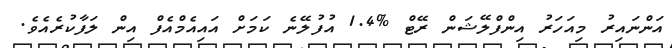
އަންނައިރު މިއަހަރު އިންފްލޭޝަން ރޭޓް %1.4 އުފުލޭނެ ކަމަށް އައިއެމްއެފް އިން ލަފާކުރެއެވެ.